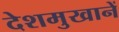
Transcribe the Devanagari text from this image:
देशमुखानें